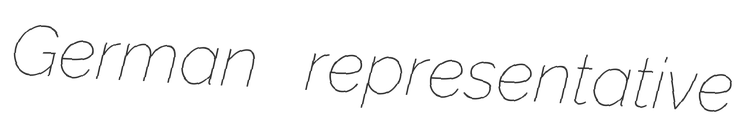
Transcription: German representative